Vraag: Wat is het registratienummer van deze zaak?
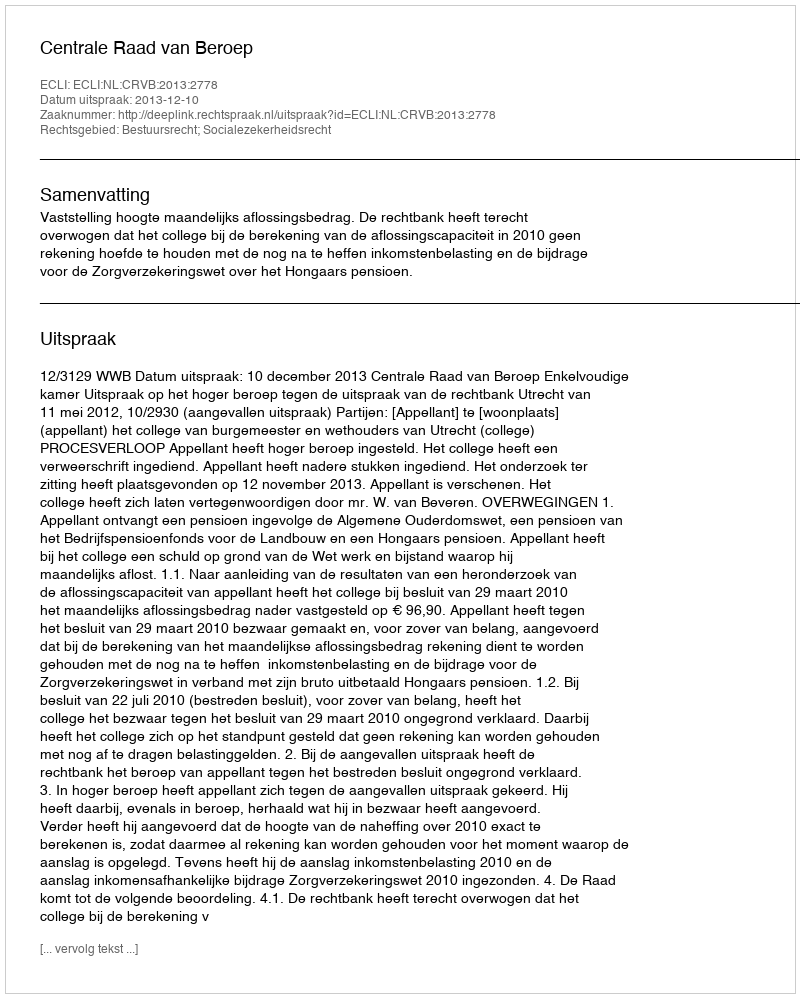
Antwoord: http://deeplink.rechtspraak.nl/uitspraak?id=ECLI:NL:CRVB:2013:2778